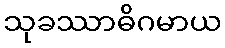
သုခဿာဓိဂမာယ